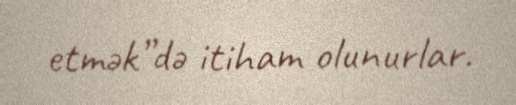
etmək”də itiham olunurlar.